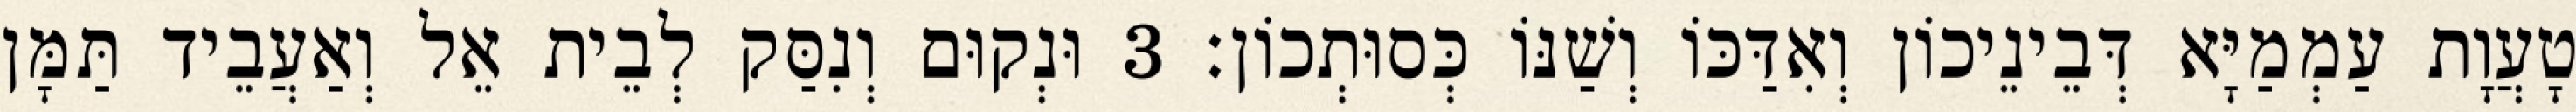
טָעֲוָת עַמְמַיָּא דְּבֵינֵיכוֹן וְאִדַּכּוֹ וְשַׁנּוֹ כְּסוּתְכוֹן׃ 3 וּנְקוּם וְנִסַּק לְבֵית אֵל וְאַעֲבֵיד תַּמָּן